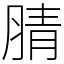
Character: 腈